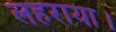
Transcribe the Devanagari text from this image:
लहराया।